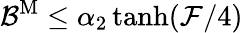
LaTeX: {\mathcal B}^{\mathrm{M}}\leq\alpha_{2}\operatorname{tanh}(\mathcal{F}/4)